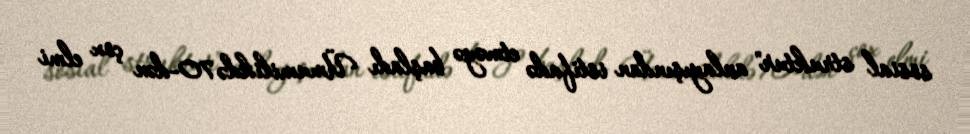
sosial struktur" anlayışından istifadə etməyə başladı Ümumilikdə 70-dən çox elmi